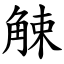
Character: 觫